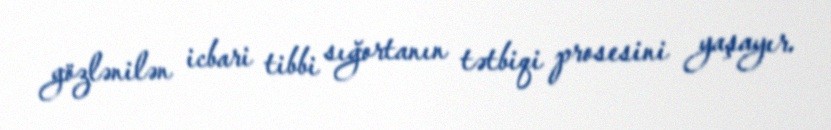
gözlənilən icbari tibbi sığortanın tətbiqi prosesini yaşayır.